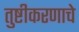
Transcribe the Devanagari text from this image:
तुष्टीकरणाचे